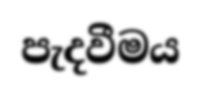
පැදවීමය